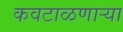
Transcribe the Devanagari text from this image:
कवटाळणाऱ्या